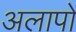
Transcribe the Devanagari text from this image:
अलापों